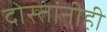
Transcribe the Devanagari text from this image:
दोस्तांनीही